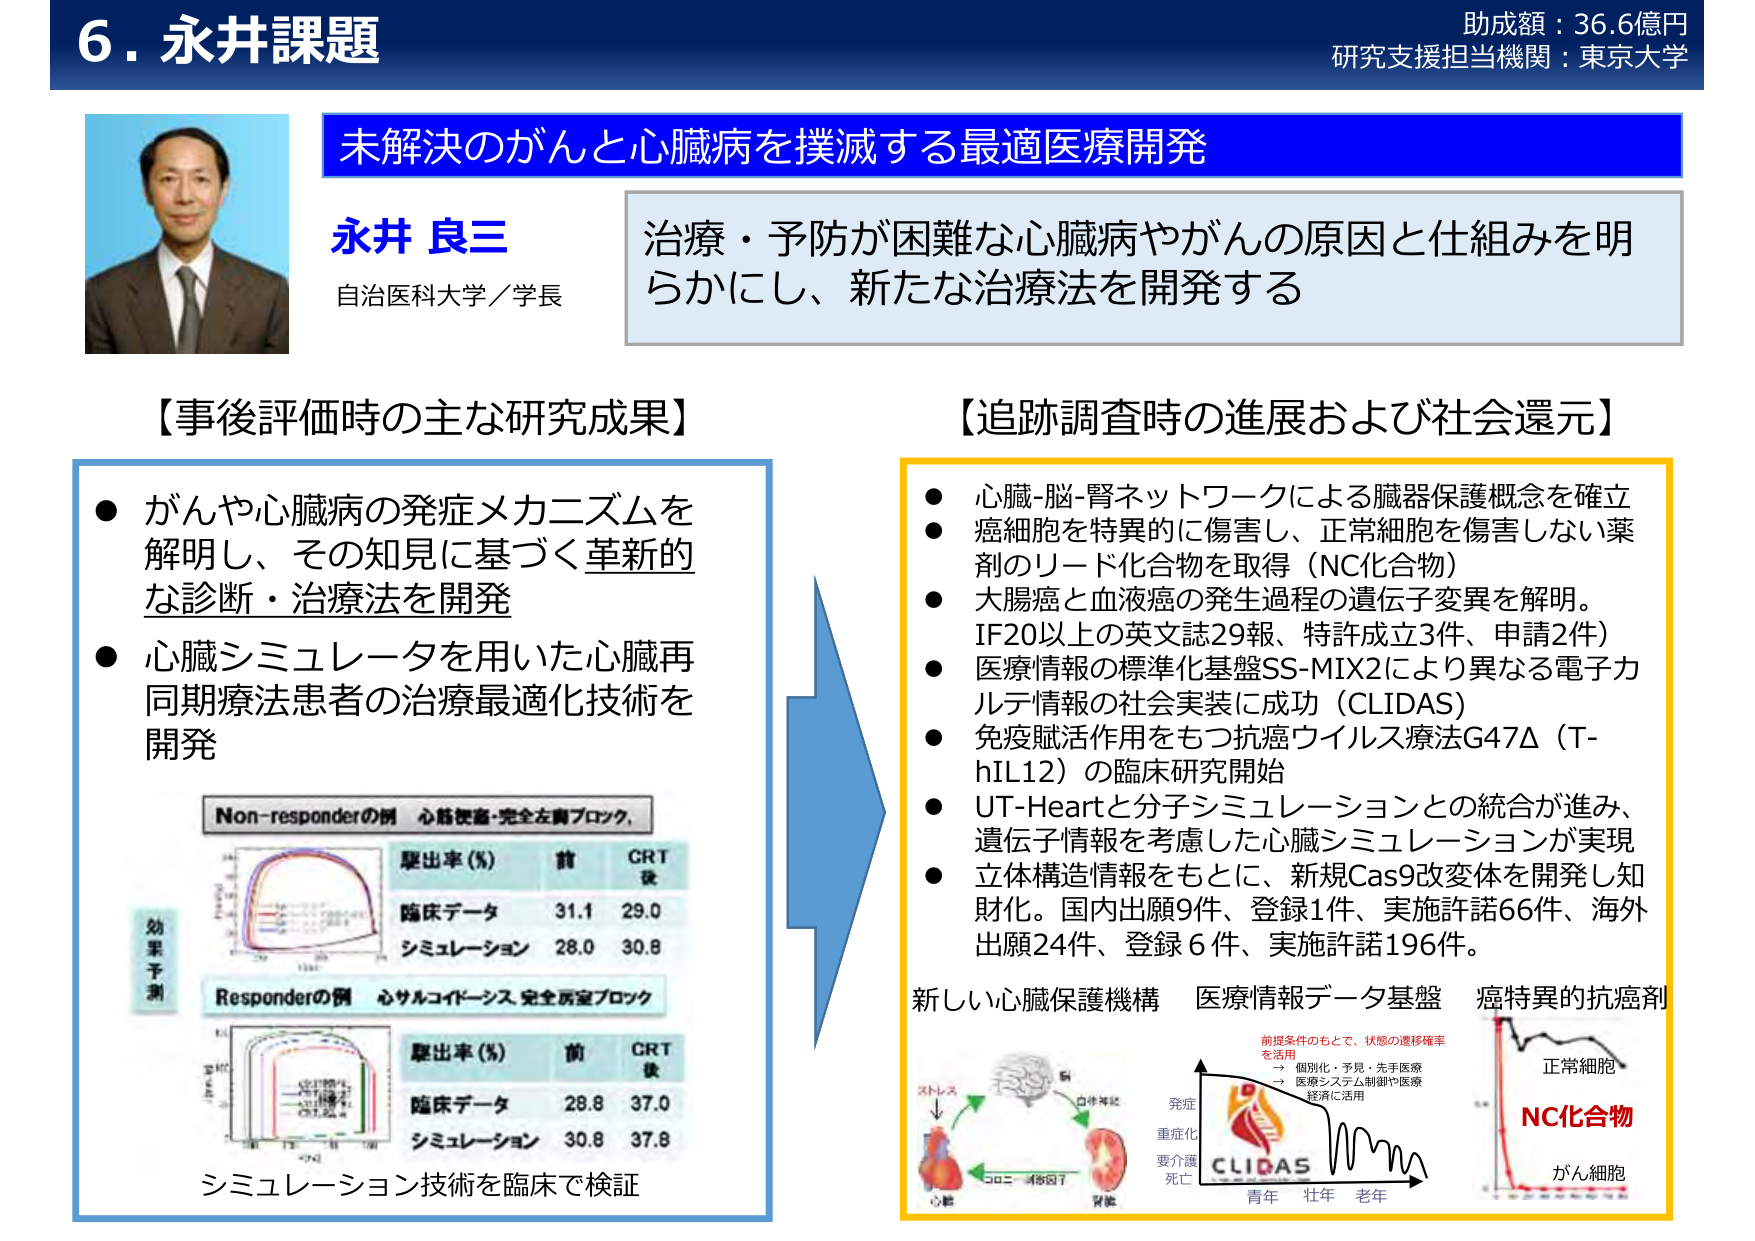
6. 永井課題
助成額：36.6億円
研究支援担当機関：東京大学

未解決のがんと心臓病を撲滅する最適医療開発

永井 良三
自治医科大学／学長

治療・予防が困難な心臓病やがんの原因と仕組みを明らかにし、新たな治療法を開発する

【事後評価時の主な研究成果】
● がんや心臓病の発症メカニズムを解明し、その知見に基づく革新的な診断・治療法を開発
● 心臓シミュレータを用いた心臓再同期療法患者の治療最適化技術を開発

Non-responderの例 心筋梗塞・完全左脚ブロック、
駆出率（%） 前 CRT後
臨床データ 31.1 29.0
シミュレーション 28.0 30.8

Responderの例 心サルコイドーシス、完全房室ブロック
駆出率（%） 前 CRT後
臨床データ 28.8 37.0
シミュレーション 30.8 37.8

シミュレーション技術を臨床で検証

【追跡調査時の進展および社会還元】
● 心臓-脳-腎ネットワークによる臓器保護概念を確立
● 癌細胞を特異的に傷害し、正常細胞を傷害しない薬剤のリード化合物を取得（NC化合物）
● 大腸癌と血液癌の発生過程の遺伝子変異を解明。
IF20以上の英文誌29報、特許成立3件、申請2件）
● 医療情報の標準化基盤SS-MIX2により異なる電子カルテ情報の社会実装に成功（CLIDAS）
● 免疫賦活作用をもつ抗癌ウイルス療法G47Δ（T-hIL12）の臨床研究開始
● UT-Heartと分子シミュレーションとの統合が進み、遺伝子情報を考慮した心臓シミュレーションが実現
● 立体構造情報をもとに、新規Cas9改変体を開発し知財化。国内出願9件、登録1件、実施許諾66件、海外出願24件、登録6件、実施許諾196件。

新しい心臓保護機構
医療情報データ基盤
癌特異的抗癌剤

前提条件のもとで、状態の遷移確率を活用
→ 個別化・予見・先手医療
→ 医療システム制御や医療経済に活用

発症
重症化
要介護
死亡

CLIDAS
青年 壮年 老年

正常細胞
NC化合物
がん細胞